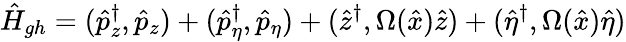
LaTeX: \hat{H}_{gh}=(\hat{p}_{z}^{\dagger},\hat{p}_{z})+(\hat{p}_{\eta}^{\dagger},\hat{p}_{\eta})+(\hat{z}^{\dagger},\Omega(\hat{x})\hat{z})+(\hat{\eta}^{\dagger},\Omega(\hat{x})\hat{\eta})